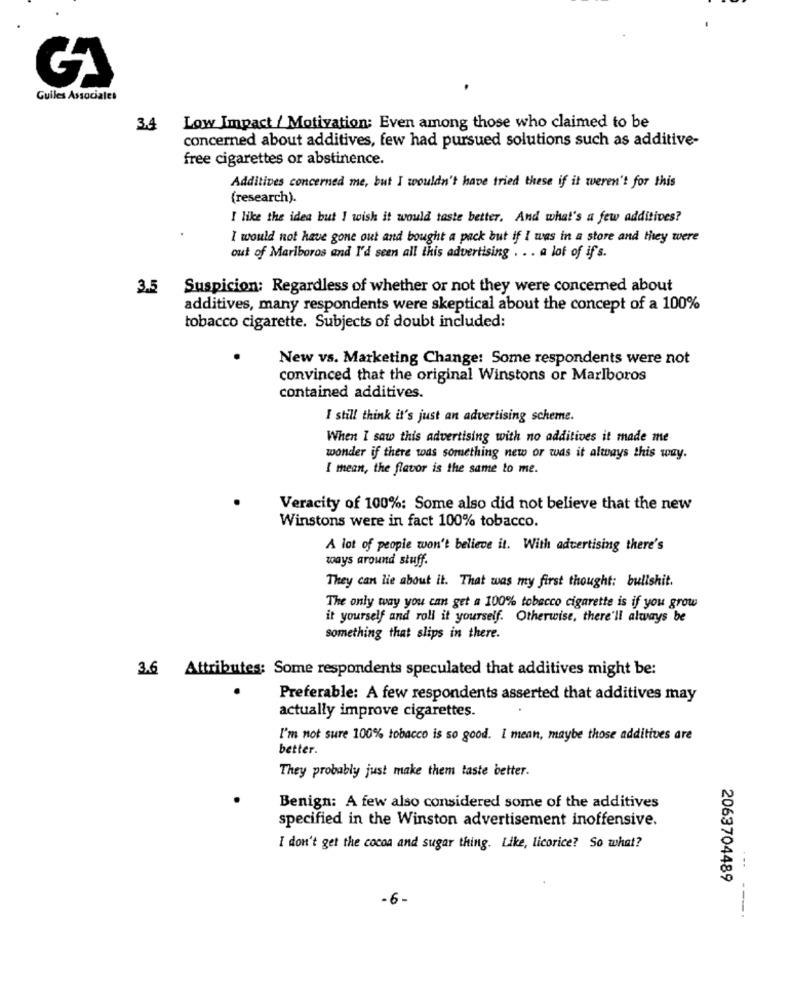
Guiles Associales
3.4
Low Impact / Motivation: Even among those who claimed to be
concerned about additives, few had pursued solutions such as additive-
free cigarettes or abstinence.
Additives concerned me, but I wouldn't have tried these if it weren't for this
(research).
I like the idea but I wish it would taste better. And what's a few additives?
I would not have gone out and bought a pack but if I was in a store and they were
out of Mariboros and I'd seen all this advertising . . . a lot of if's.
3.5
Suspicion: Regardless of whether or not they were concerned about
additives, many respondents were skeptical about the concept of a 100%
tobacco cigarette. Subjects of doubt included:
New vs. Marketing Change: Some respondents were not
convinced that the original Winstons or Marlboros
contained additives.
I still think it's just an advertising scheme.
When I saw this advertising with no additives it made me
wonder if there was something new or was it always this way.
I mean, the flavor is the same to me.
Veracity of 100%: Some also did not believe that the new
Winstons were in fact 100% tobacco.
A lot of people won't believe it. With advertising there's
ways around stuff.
They can lie about it. That was my first thought: bullshit.
The only way you can get a 100% tobacco cigarette is if you grow
it yourself and roll it yourself. Otherwise, there'll always be
something that slips in there.
3.6 Attributes: Some respondents speculated that additives might be:
Preferable: A few respondents asserted that additives may
actually improve cigarettes.
I'm not sure 100% tobacco is so good. I mean, maybe those additives are
better.
They probably just make them taste better.
Benign: A few also considered some of the additives
specified in the Winston advertisement inoffensive.
I don't get the cocoa and sugar thing. Like, licorice? So what?
2063704489
.6.